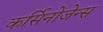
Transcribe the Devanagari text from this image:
कर्सिनोजेन्स